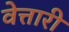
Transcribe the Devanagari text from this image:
वेत्तारी